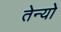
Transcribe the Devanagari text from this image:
तेन्यो